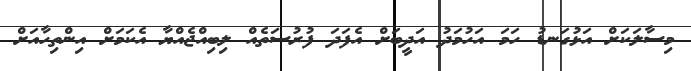
މިސާލަކަށް އަޅުގަނޑު ހަމަ އަހުމަދު އަދީބަށް އެފަދަ ފުރުސަތެއް ލިބިއްޖެއްޔާ އެކަމަށް އިންތިހާއަށް